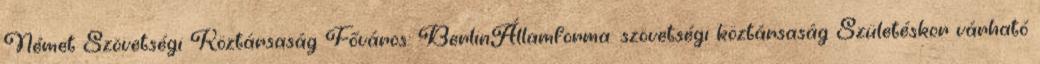
Német Szövetségi Köztársaság Főváros: BerlinÁllamforma: szövetségi köztársaság Születéskor várható